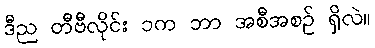
ဒီည တီဗီလိုင်း ၁က ဘာ အစီအစဉ် ရှိလဲ။